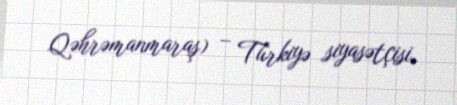
Qəhrəmanmaraş) – Türkiyə siyasətçisi.